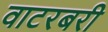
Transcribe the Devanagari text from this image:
वाटरबरी